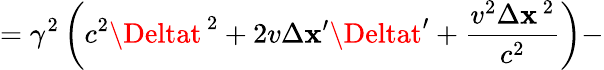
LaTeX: =\gamma^{2}\left(c^{2}\Deltat^{\, 2}+2v\Delta\mathbf{x}^{\prime}\Deltat^{\prime}+{\frac{{v^{2}\Delta\mathbf{x}^{\, 2}}}{{c^{2}}}}\right)-